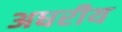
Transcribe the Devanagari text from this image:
अधरीय